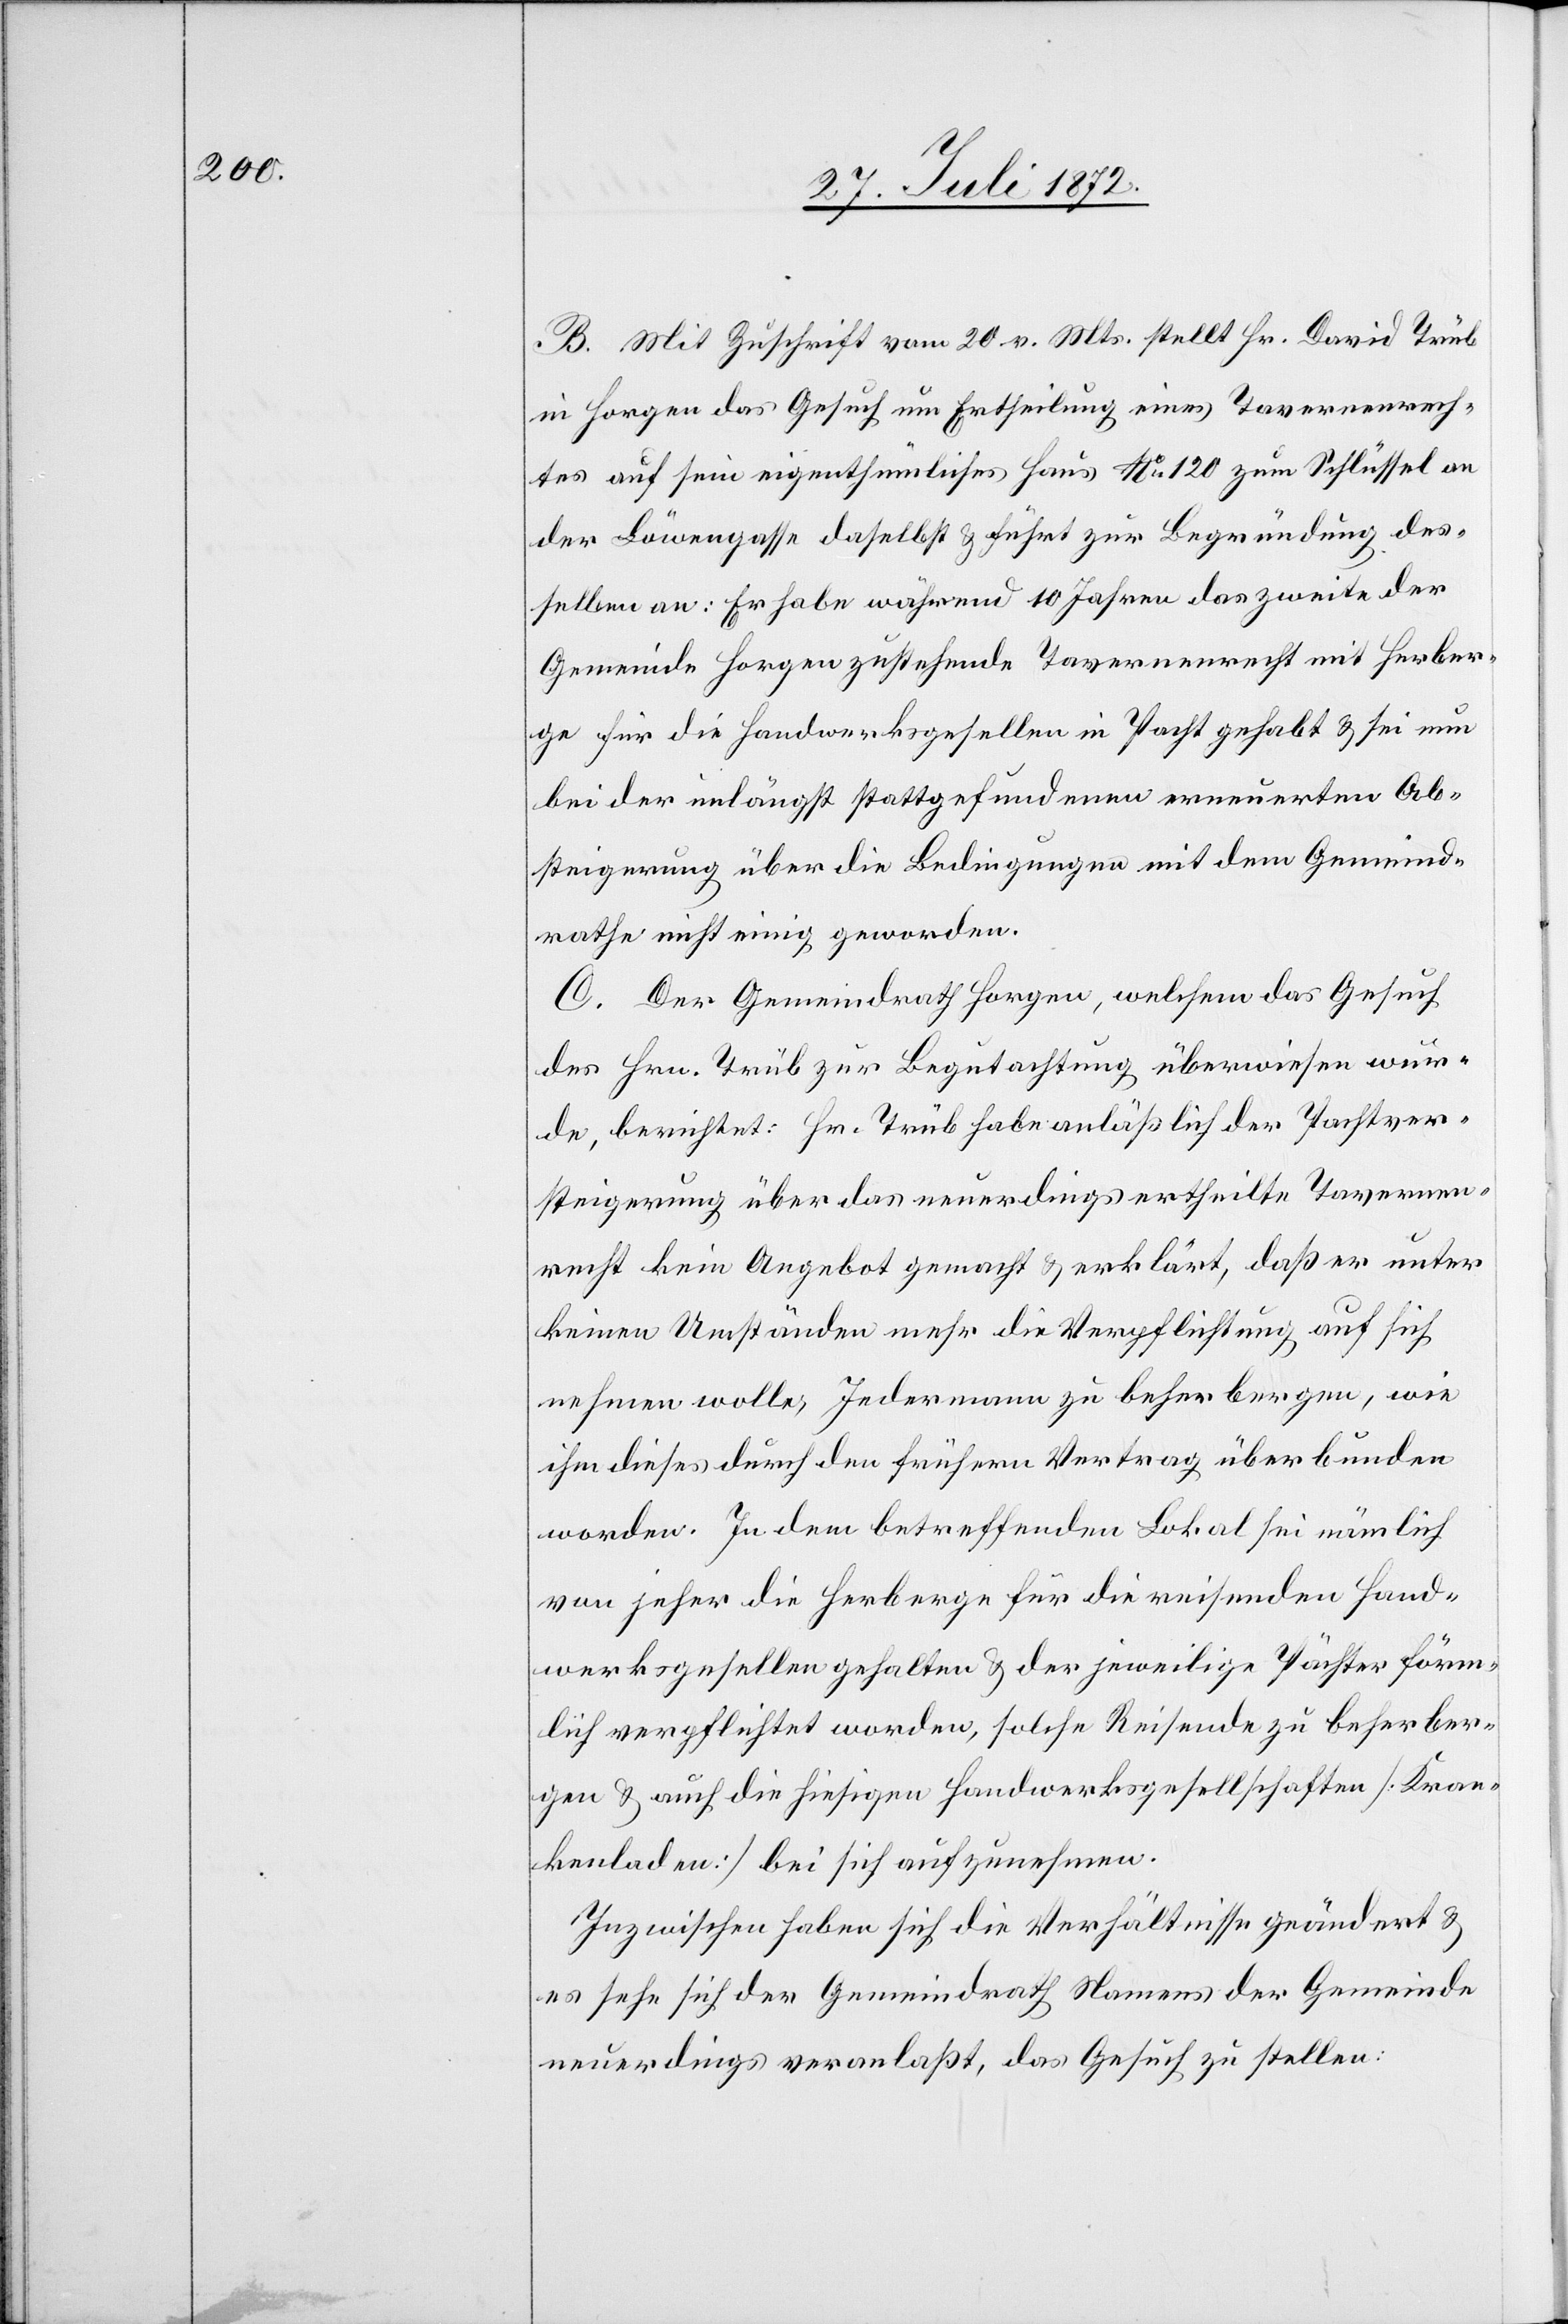
B. Mit Zuschrift vom 20. v. Mts. stellt Hr. David Trüb
in Horgen das Gesuch um Ertheilung eines Tavernenrech¬
tes auf sein eigenthümliches Haus No 120 zum Schlüssel an
der Löwengasse daselbst u. führt zur Begründung des¬
selben an: Er habe während 10 Jahren das zweite der
Gemeinde Horgen zustehende Tavernenrecht mit Herber¬
ge für die Handwerksgesellen in Pacht gehabt u. sei nun
bei der unlängst stattgefundenen erneuerten Ab¬
steigerung über die Bedingungen mit dem Gemeind¬
rathe nicht einig geworden.
C. Der Gemeindrath Horgen, welchem das Gesuch
des Hrn. Trüb zur Begutachtung überwiesen wur¬
de, berichtet: Hr. Trüb habe anläßlich der Pachtver¬
steigerung über das neuerdings ertheilte Tavernen¬
recht kein Angebot gemacht u. erklärt, daß er unter
keinen Umständen mehr die Verpflichtung auf sich
nehmen wolle, Jedermann zu beherbergen, wie
ihm dieses durch den frühern Vertrag überbunden
worden. In dem betreffenden Lokal sei nämlich
von jeher die Herberge für die reisenden Hand¬
werksgesellen gehalten u. der jeweilige Pächter förm¬
lich verpflichtet worden, solche Reisende zu beherber¬
gen u. auch die hiesigen Handwerksgesellschaften [Kran¬
kenladen] bei sich aufzunehmen.
Inzwischen haben sich die Verhältnisse geändert u.
es sehe sich der Gemeindrath Namens der Gemeinde
neuerdings veranlaßt, das Gesuch zu stellen: